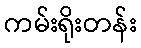
ကမ်းရိုးတန်း